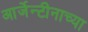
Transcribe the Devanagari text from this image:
आर्जेन्टीनाच्या